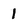
Character: 1